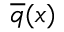
\overline { { \boldsymbol { q } } } ( \boldsymbol { x } )